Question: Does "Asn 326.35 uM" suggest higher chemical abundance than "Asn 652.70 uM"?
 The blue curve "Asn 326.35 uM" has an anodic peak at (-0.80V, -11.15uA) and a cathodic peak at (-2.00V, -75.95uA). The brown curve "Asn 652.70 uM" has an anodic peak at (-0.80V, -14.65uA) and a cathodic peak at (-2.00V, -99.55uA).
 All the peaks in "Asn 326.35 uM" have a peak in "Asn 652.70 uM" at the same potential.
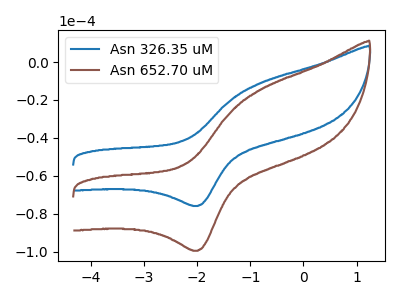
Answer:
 <answer>I cant tell if "Asn 326.35 uM" or "Asn 652.70 uM" has more signal.</answer>
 <eval>mixed_signal</eval>